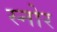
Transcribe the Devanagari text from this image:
स्नोर